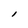
Character: l